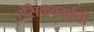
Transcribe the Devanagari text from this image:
रसिकवर्गाची